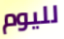
لليوم